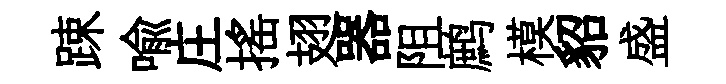
踈喻庄揺翅器阻鹧模貂盛